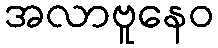
အလာဗူနေဝ